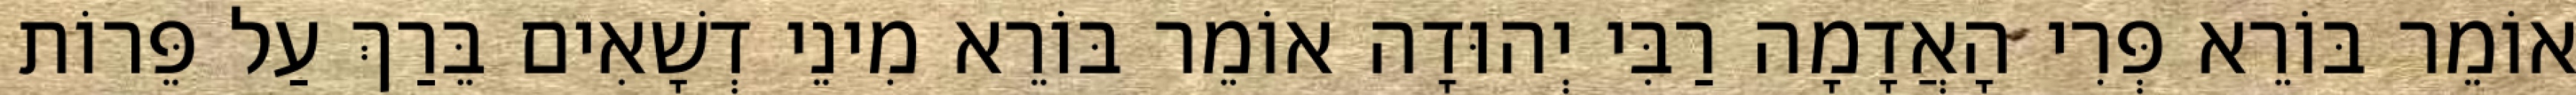
אוֹמֵר בּוֹרֵא פְּרִי הָאֲדָמָה רַבִּי יְהוּדָה אוֹמֵר בּוֹרֵא מִינֵי דְשָׁאִים בֵּרַךְ עַל פֵּרוֹת